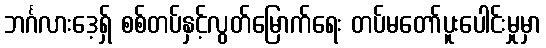
ဘင်္ဂလားဒေ့ရှ် စစ်တပ်နှင့်လွတ်မြောက်ရေး တပ်မတော်ပူးပေါင်းမှုမှာ